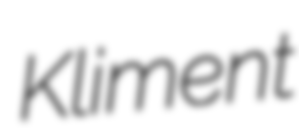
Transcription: Kliment